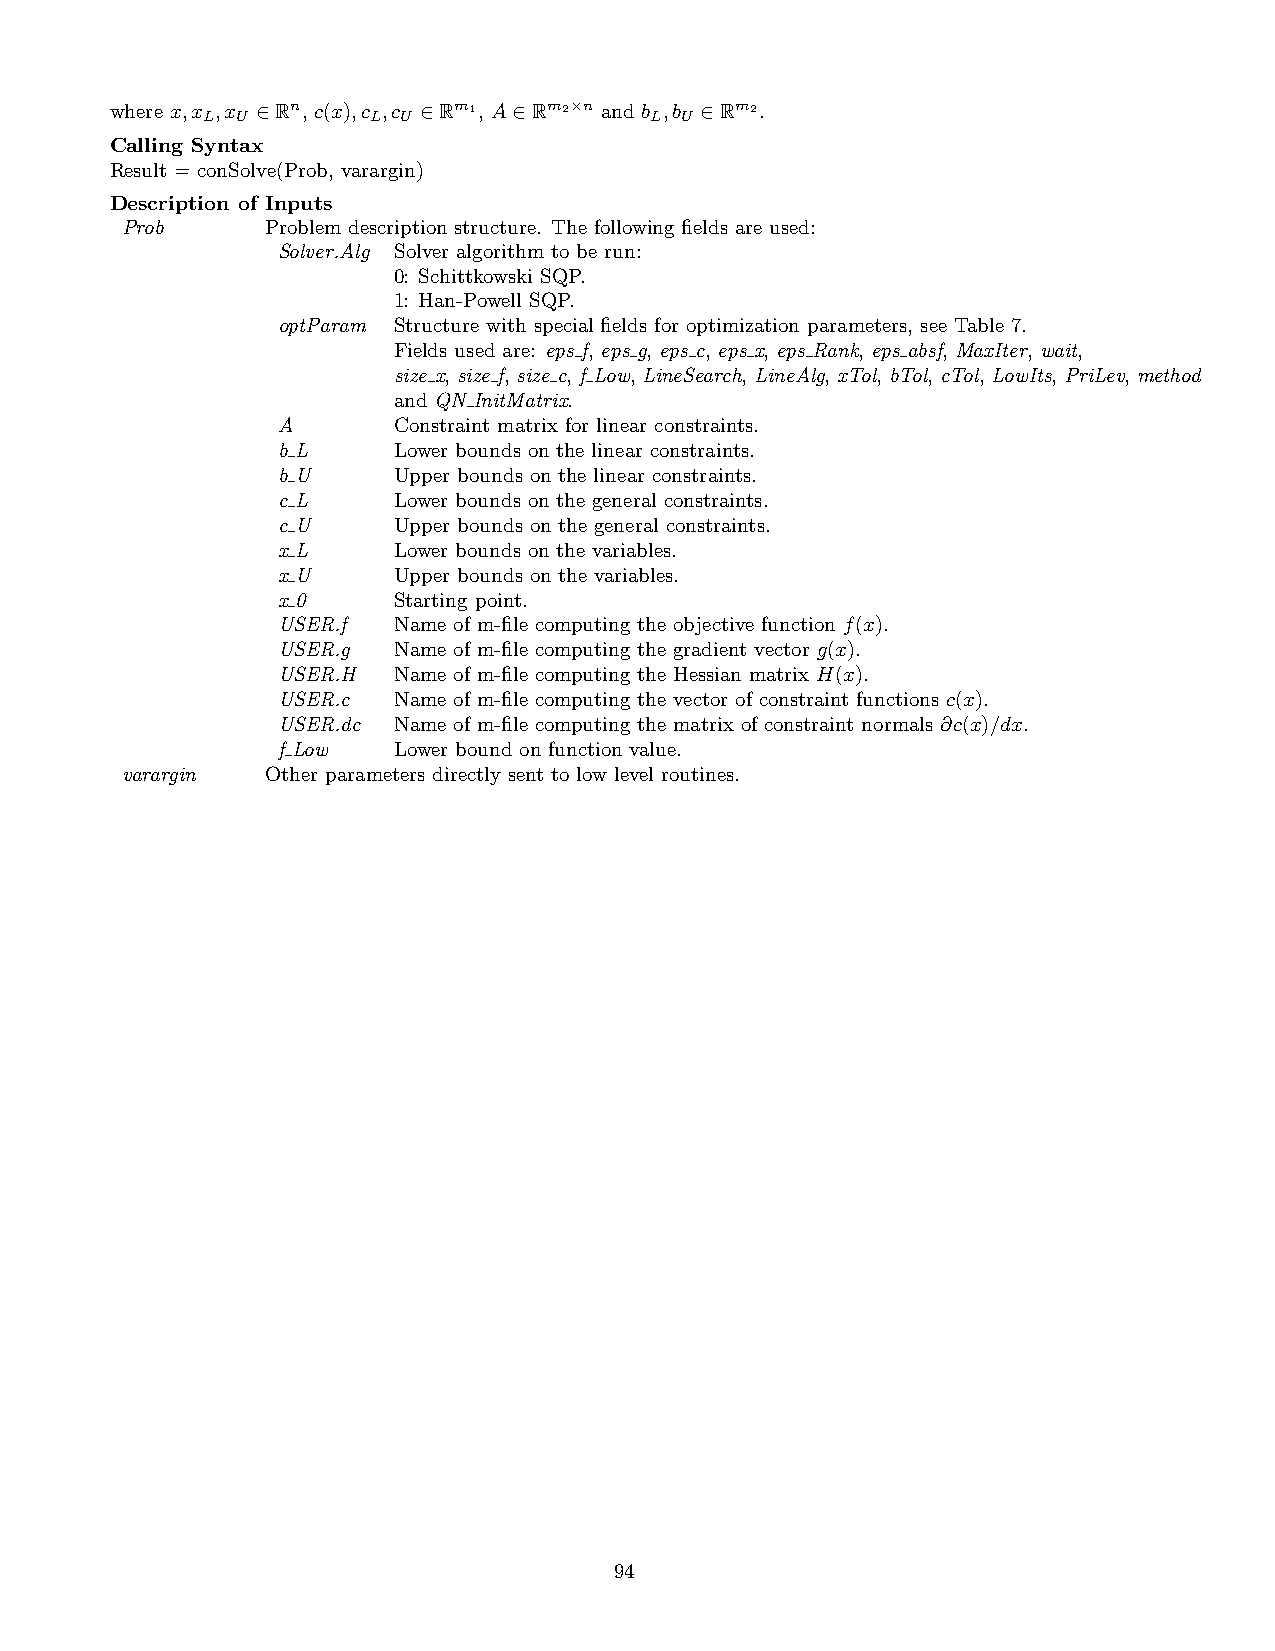
where x,x ,x ∈Rn, c(x),c ,c ∈Rm1, A∈Rm2×n and b ,b ∈Rm2.
 L  U       L U                L U
 Calling Syntax
 Result = conSolve(Prob, varargin)
 Description of Inputs
 Prob      Problem description structure. The following fields are used:
 Solver.Alg Solver algorithm to be run:
 0: Schittkowski SQP.
 1: Han-Powell SQP.
 optParam Structure with special fields for optimization parameters, see Table 7.
 Fields used are: eps f, eps g, eps c, eps x, eps Rank, eps absf, MaxIter, wait,
 size x, size f, size c, f Low, LineSearch, LineAlg, xTol, bTol, cTol, LowIts, PriLev, method
 and QN InitMatrix.
 A       Constraint matrix for linear constraints.
 b L     Lower bounds on the linear constraints.
 b U     Upper bounds on the linear constraints.
 c L     Lower bounds on the general constraints.
 c U     Upper bounds on the general constraints.
 x L     Lower bounds on the variables.
 x U     Upper bounds on the variables.
 x 0     Starting point.
 USER.f  Name of m-file computing the objective function f(x).
 USER.g  Name of m-file computing the gradient vector g(x).
 USER.H  Name of m-file computing the Hessian matrix H(x).
 USER.c  Name of m-file computing the vector of constraint functions c(x).
 USER.dc Name of m-file computing the matrix of constraint normals ∂c(x)/dx.
 f Low   Lower bound on function value.
 varargin  Other parameters directly sent to low level routines.
 94